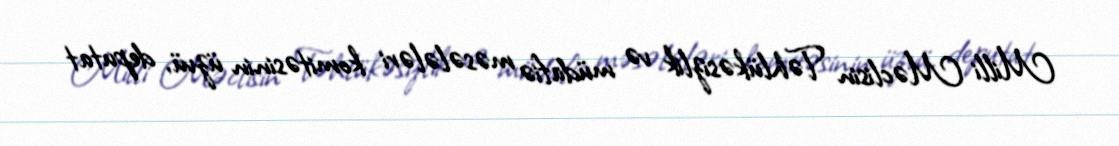
Milli Məclisin Təhlükəsizlik və müdafiə məsələləri komitəsinin üzvü, deputat